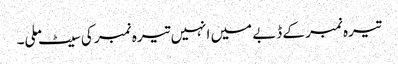
تیرہ نمبر کے ڈبے میں انہیں تیرہ نمبر کی سیٹ ملی۔